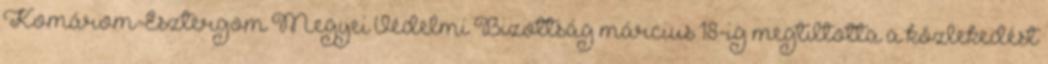
Komárom-Esztergom Megyei Védelmi Bizottság március 18-ig megtiltotta a közlekedést